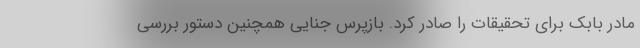
مادر بابک برای تحقیقات را صادر کرد. بازپرس جنایی همچنین دستور بررسی